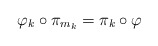
\begin{align*}\varphi_{k}\circ\pi_{m_{k}}=\pi_{k}\circ\varphi\end{align*}